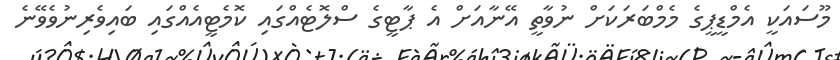
މޫސައަކީ އެމްޑީޕީގެ މެމްބަރަކަށް ނުވާތީ އޭނާއަށް އެ ޕާޓީގެ ސްލޮޓެއްގައި ކޮމެޓީއެއްގައި ބައިވެރިނުވެވޭނެ